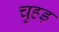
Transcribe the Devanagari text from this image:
चुहड़